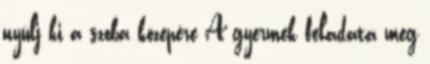
nyúlj ki a szoba közepére A gyermek feladata meg